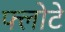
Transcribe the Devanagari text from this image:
फ्लोटे